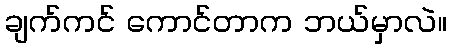
ချက်ကင် ကောင်တာက ဘယ်မှာလဲ။